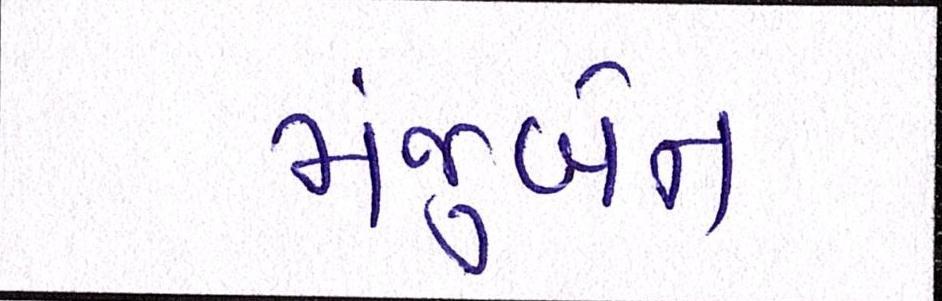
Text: મંજુબેન